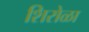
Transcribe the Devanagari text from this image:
शिरोळा